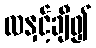
လနှင့်ချီ၍